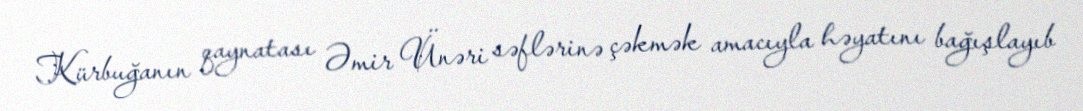
Kürbuğanın qaynatası Əmir Ünəri səflərinə çəkmək amacıyla həyatını bağışlayıb